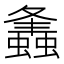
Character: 𧒒